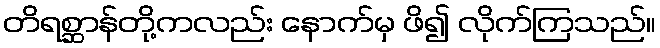
တိရစ္ဆာန်တို့ကလည်း နောက်မှ ဖိ၍ လိုက်ကြသည်။